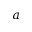
a